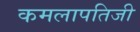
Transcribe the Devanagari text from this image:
कमलापतिजी